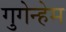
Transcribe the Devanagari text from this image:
गुगेन्हेम